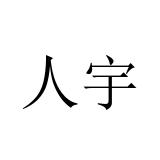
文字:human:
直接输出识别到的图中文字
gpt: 人宇